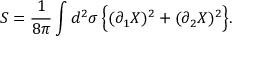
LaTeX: S = \frac { 1 } { 8 \pi } \int d ^ { 2 } \sigma \, \Bigl \{ ( \partial _ { 1 } X ) ^ { 2 } + ( \partial _ { 2 } X ) ^ { 2 } \Bigr \} .